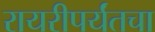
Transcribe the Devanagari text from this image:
रायरीपर्यंतचा